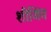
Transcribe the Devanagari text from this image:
शीजिंग